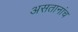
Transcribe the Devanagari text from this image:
असतानांच